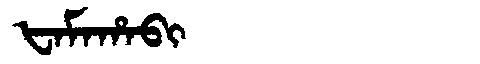
Manchu: ᡶᠠᠮᠠᡥᠠᠪᡳ
Romanization: FAMAHABI